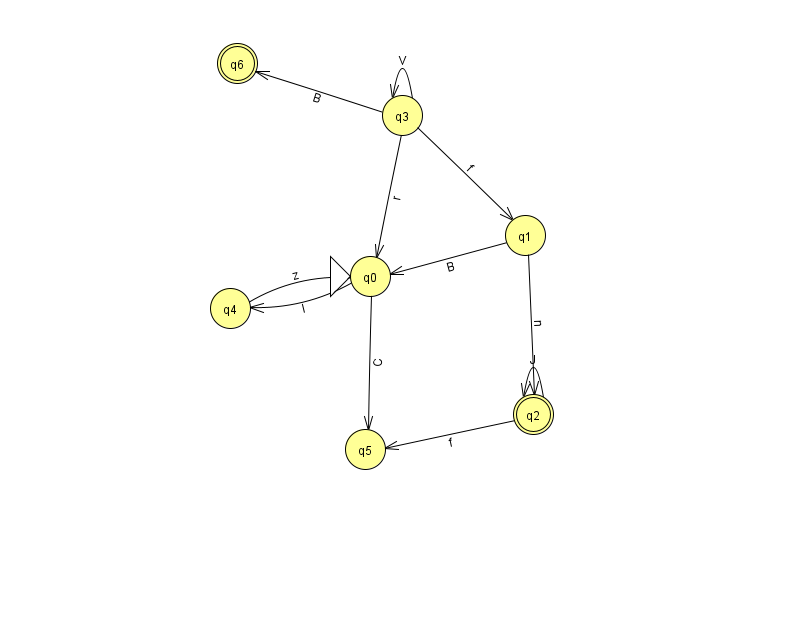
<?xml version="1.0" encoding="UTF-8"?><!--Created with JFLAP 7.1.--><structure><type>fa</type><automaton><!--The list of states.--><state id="0" name="q0"><x>370.0</x><y>263.0</y><initial/></state><state id="1" name="q1"><x>525.0</x><y>222.0</y></state><state id="2" name="q2"><x>533.0</x><y>401.0</y><final/></state><state id="3" name="q3"><x>402.0</x><y>102.0</y></state><state id="4" name="q4"><x>230.0</x><y>295.0</y></state><state id="5" name="q5"><x>365.0</x><y>436.0</y></state><state id="6" name="q6"><x>237.0</x><y>50.0</y><final/></state><!--The list of transitions.--><transition><from>4</from><to>0</to><read>z</read></transition><transition><from>3</from><to>6</to><read>B</read></transition><transition><from>2</from><to>5</to><read>f</read></transition><transition><from>3</from><to>1</to><read>f</read></transition><transition><from>3</from><to>3</to><read>V</read></transition><transition><from>0</from><to>4</to><read>l</read></transition><transition><from>1</from><to>2</to><read>n</read></transition><transition><from>2</from><to>2</to><read>J</read></transition><transition><from>0</from><to>5</to><read>C</read></transition><transition><from>1</from><to>0</to><read>B</read></transition><transition><from>3</from><to>0</to><read>r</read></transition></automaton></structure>